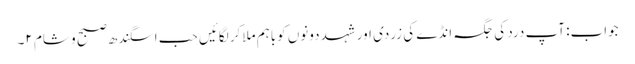
جواب: آپ درد کی جگہ انڈے کی زردی اور شہد دونوں کوباہم ملاکر لگائیں حب اسگندھ صبح و شام ۲۔